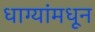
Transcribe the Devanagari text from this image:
धाग्यांमधून